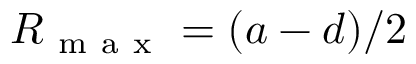
R _ { \mathrm { ~ m ~ a ~ x ~ } } = ( a - d ) / 2